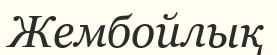
Жембойлық